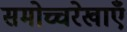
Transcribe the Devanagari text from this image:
समोच्चरेखाएँ